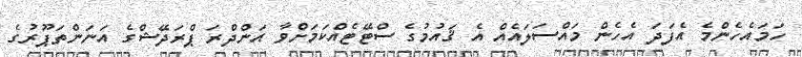
ހަމައެހެންމެ އެފަދަ އެހެން މައްސަލައެއް އެ ޤައުމުގެ ސްޓޭޓެއްކަމަށްވާ އަންދްރަ ޕްރަދޭޝްގެ އަނަންތަޕޫރުގެ